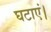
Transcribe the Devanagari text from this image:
घटाएं।